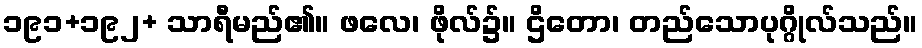
၁၉၁+၁၉၂+ သာရီမည်၏။ ဖလေ၊ ဖိုလ်၌။ ဌိတော၊ တည်သောပုဂ္ဂိုလ်သည်။